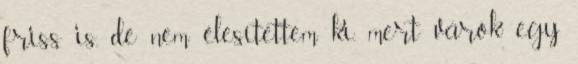
friss is, de nem élesítettem ki, mert várok egy